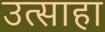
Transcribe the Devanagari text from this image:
उत्साहा